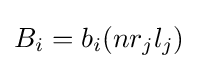
B_{i}=b_{i}(nr_{j}l_{j})